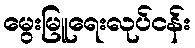
မွေးမြူရေးလုပ်ငန်း